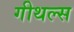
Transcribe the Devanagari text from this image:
गीथल्स